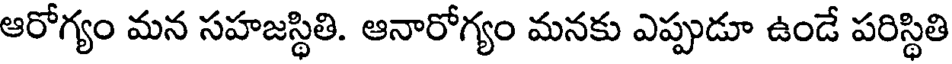
ఆరోగ్యం మన సహజస్థితి. ఆనారోగ్యం మనకు ఎప్పుడూ ఉండే పరిస్థితి